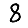
Digit: 8